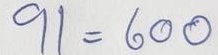
91 = 600